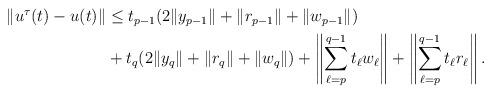
LaTeX: \begin{align*}\begin{aligned} \lVert u^\tau(t) - u(t) \rVert &\leq t_{p-1} (2\lVert y_{p-1}\rVert +\lVert r_{p-1}\rVert+ \lVert w_{p-1}\rVert)\\ & +t_{q} (2\lVert y_{q}\rVert +\lVert r_{q}\rVert+ \lVert w_{q}\rVert) + \left\lVert \sum_{\ell=p}^{q-1} t_\ell w_\ell\right\rVert + \left\lVert \sum_{\ell=p}^{q-1} t_\ell r_\ell\right\rVert.\end{aligned}\end{align*}